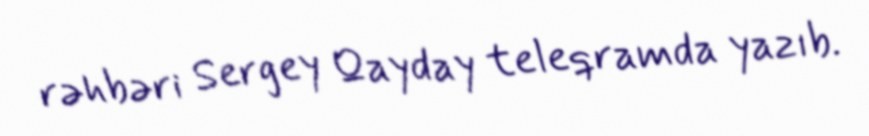
rəhbəri Sergey Qayday teleqramda yazıb.